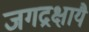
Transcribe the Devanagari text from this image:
जगद्रक्षायै